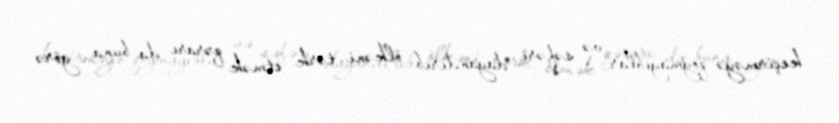
keçirməyə qoymayıblar və səfəri dayandırıb ölkəni tərk etmək qərarı da buna görə